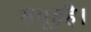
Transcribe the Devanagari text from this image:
समूहहै।